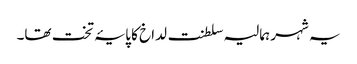
یہ شہر ہمالیہ سلطنت لداخ کا پایۂ تخت تھا۔